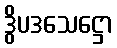
ဒွိပဒသေဋ္ဌော